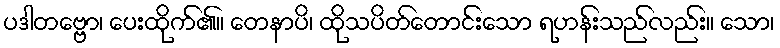
ပဒါတဗ္ဗော၊ ပေးထိုက်၏။ တေနာပိ၊ ထိုသပိတ်တောင်းသော ရဟန်းသည်လည်း။ သော၊